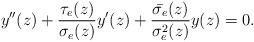
LaTeX: \begin{align*}y''(z)+\frac{\tau_{e}(z)}{\sigma_{e}(z)}y'(z)+\frac{\bar{\sigma_{e}}(z)}{\sigma^{2}_{e}(z)}y(z)=0.\end{align*}